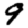
Digit: 9